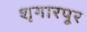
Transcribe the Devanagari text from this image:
शृगारपूर